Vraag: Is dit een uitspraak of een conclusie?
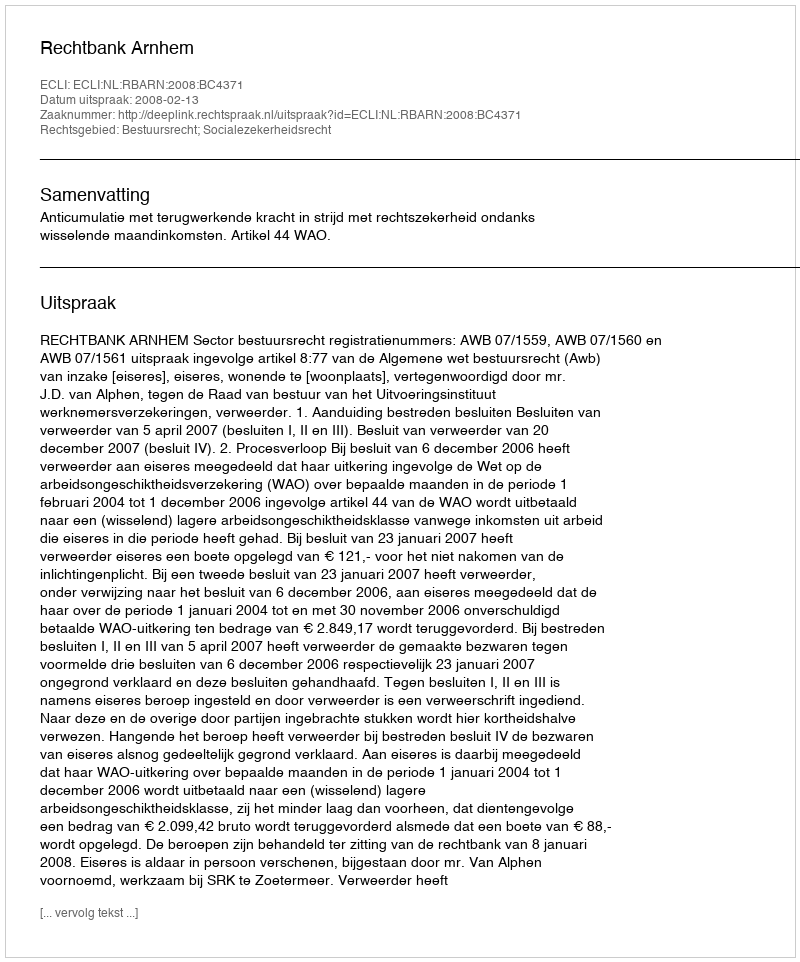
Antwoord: Uitspraak